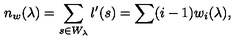
n _ { w } ( \lambda ) = \sum _ { s \in W _ { \lambda } } l ^ { \prime } ( s ) = \sum ( i - 1 ) w _ { i } ( \lambda ) ,